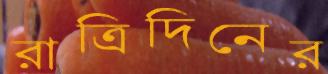
রাত্রিদিনের